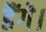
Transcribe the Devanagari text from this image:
हैंगे।